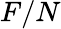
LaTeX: F/N